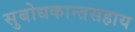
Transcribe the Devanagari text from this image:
सुबोधकान्तसहाय